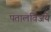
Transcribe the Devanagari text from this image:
पतालविजये